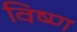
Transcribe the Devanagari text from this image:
विष्ण